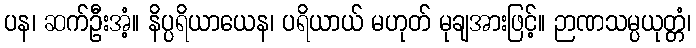
ပန၊ ဆက်ဦးအံ့။ နိပ္ပရိယာယေန၊ ပရိယာယ် မဟုတ် မုချအားဖြင့်။ ဉာဏသမ္ပယုတ္တံ၊